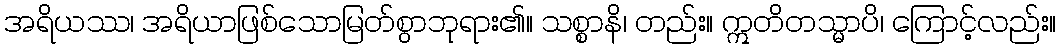
အရိယဿ၊ အရိယာဖြစ်သောမြတ်စွာဘုရား၏။ သစ္စာနိ၊ တည်း။ ဣတိတသ္မာပိ၊ ကြောင့်လည်း။